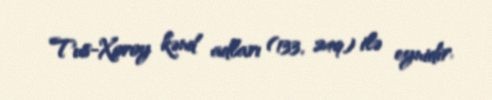
Tus-Xoroy kənd adları (133, 249) ilə eynidir.